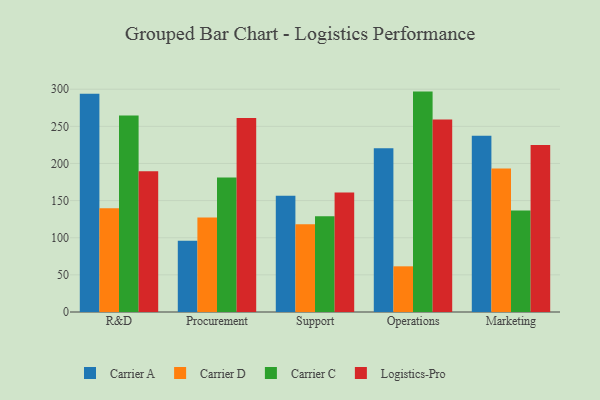
{"axis": {"x": "Department", "y": "Inventory Turnover"}, "legend": ["Carrier A", "Carrier C", "Carrier D", "Logistics-Pro"], "data": [{"x": "R&D", "y": 293.9, "type": "Carrier A"}, {"x": "R&D", "y": 139.8, "type": "Carrier D"}, {"x": "R&D", "y": 264.7, "type": "Carrier C"}, {"x": "R&D", "y": 189.4, "type": "Logistics-Pro"}, {"x": "Procurement", "y": 95.9, "type": "Carrier A"}, {"x": "Procurement", "y": 127.2, "type": "Carrier D"}, {"x": "Procurement", "y": 181.1, "type": "Carrier C"}, {"x": "Procurement", "y": 261.1, "type": "Logistics-Pro"}, {"x": "Support", "y": 156.4, "type": "Carrier A"}, {"x": "Support", "y": 118.0, "type": "Carrier D"}, {"x": "Support", "y": 129.0, "type": "Carrier C"}, {"x": "Support", "y": 160.9, "type": "Logistics-Pro"}, {"x": "Operations", "y": 220.5, "type": "Carrier A"}, {"x": "Operations", "y": 61.5, "type": "Carrier D"}, {"x": "Operations", "y": 296.8, "type": "Carrier C"}, {"x": "Operations", "y": 259.1, "type": "Logistics-Pro"}, {"x": "Marketing", "y": 237.3, "type": "Carrier A"}, {"x": "Marketing", "y": 193.2, "type": "Carrier D"}, {"x": "Marketing", "y": 136.6, "type": "Carrier C"}, {"x": "Marketing", "y": 224.9, "type": "Logistics-Pro"}]}